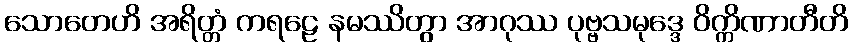
သောတေဟိ အရိတ္တံ ကရဠေ နမဿိတွာ အာဂုဿ ပုဗ္ဗသမုဒ္ဒေ ဝိက္ကိဏာတီတိ